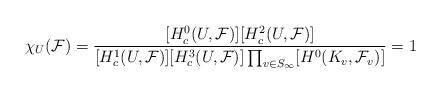
LaTeX: \begin{align*}{\chi}_U(\mathcal{F})=\frac{[H^0_{c}(U,\mathcal{F})][H^2_c(U,\mathcal{F})]}{[H^1_c(U,\mathcal{F})][H^3_c(U,\mathcal{F})]\prod_{v\in S_{\infty}}[H^0(K_v,\mathcal{F}_v)]} =1\end{align*}